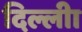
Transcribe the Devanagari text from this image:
दिल्लीा